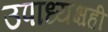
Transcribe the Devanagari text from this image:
उपाध्यक्षही